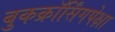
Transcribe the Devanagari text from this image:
बुकक्रॉर्सिंगपेक्षा